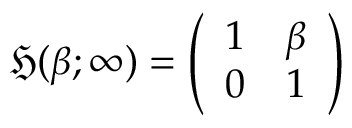
{ \mathfrak { H } } ( \beta ; \infty ) = { \left( \begin{array} { l l } { 1 } & { \beta } \\ { 0 } & { 1 } \end{array} \right) }